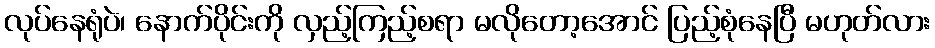
လုပ်နေရုံပဲ၊ နောက်ပိုင်းကို လှည့်ကြည့်စရာ မလိုတော့အောင် ပြည့်စုံနေပြီ မဟုတ်လား